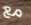
مع